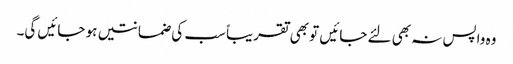
وہ واپس نہ بھی لئے جائیں تو بھی تقریباً سب کی ضمانتیں ہو جائیں گی۔